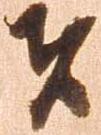
者